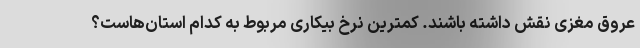
عروق مغزی نقش داشته باشند. کمترین نرخ بیکاری مربوط به کدام استان‌هاست؟